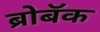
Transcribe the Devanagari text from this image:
ब्रोबॅक